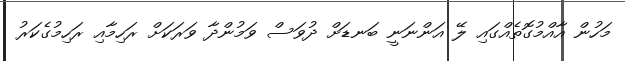
މަހުން އާއްމުގޮތެއްގައި ލޭ އަންނަނީ ބަނޑަށް ދުވަސް ވަމުންދާ ވަރަކަށް ރަހިމާއި ރަހިމުގެކަރު